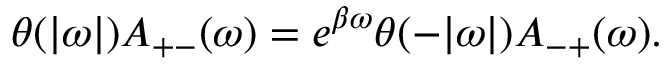
\theta ( | \omega | ) A _ { + - } ( \omega ) = e ^ { \beta \omega } \theta ( - | \omega | ) A _ { - + } ( \omega ) .